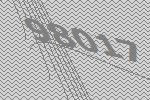
98017